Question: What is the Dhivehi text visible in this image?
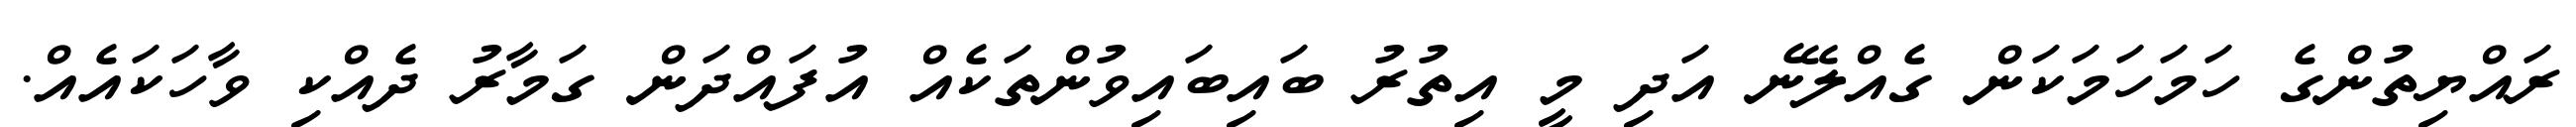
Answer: ރައްޔިތުންގެ ހަމަހަމަކަން ގެއްލޭނެ އަދި މީ އިތުރު ބައިބައިވުންތަކެއް އުފައްދަން ގަމާރު ދެއްކި ވާހަކައެއް.